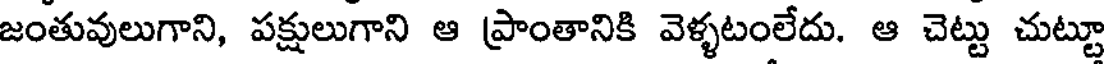
జంతువులుగాని, పక్షులుగాని ఆ ప్రాంతానికి వెళ్ళటంలేదు. ఆ చెట్టు చుట్టూ